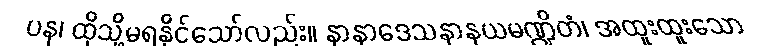
ပန၊ ထိုသို့မရနိုင်သော်လည်း။ နာနာဒေသနာနယမဏ္ဍိတံ၊ အထူးထူးသော